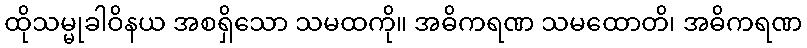
ထိုသမ္မုခါဝိနယ အစရှိသော သမထကို။ အဓိကရဏ သမထောတိ၊ အဓိကရဏ